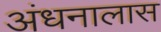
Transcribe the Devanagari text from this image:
अंधनालास